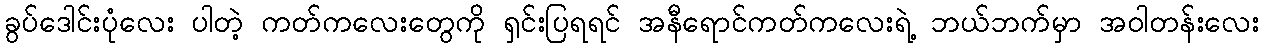
ခွပ်ဒေါင်းပုံလေး ပါတဲ့ ကတ်ကလေးတွေကို ရှင်းပြရရင် အနီရောင်ကတ်ကလေးရဲ့ ဘယ်ဘက်မှာ အဝါတန်းလေး